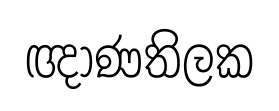
ඥාණතිලක